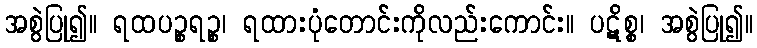
အစွဲပြု၍။ ရထပဉ္စရဉ္စ၊ ရထားပုံတောင်းကိုလည်းကောင်း။ ပဋိစ္စ၊ အစွဲပြု၍။